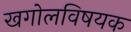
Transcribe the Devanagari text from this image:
खगोलविषयक